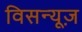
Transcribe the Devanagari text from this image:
विसन्यूज़